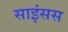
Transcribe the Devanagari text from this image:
साइंसस